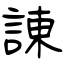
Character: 諌